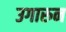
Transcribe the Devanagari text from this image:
उगारुन